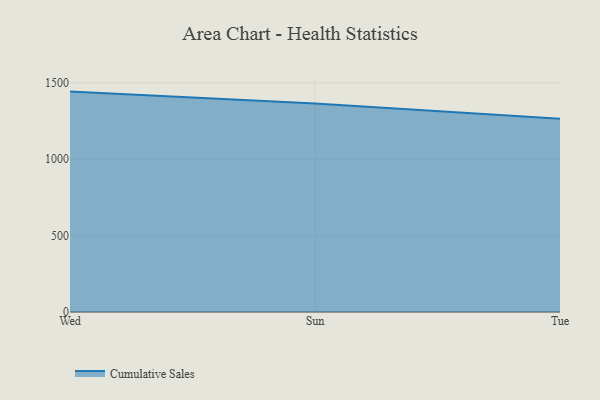
{"axis": {"x": "Day", "y": "Gross Profit (USD K)"}, "legend": ["Cumulative Sales"], "data": [{"x": "Wed", "y": 1442.1, "type": "Cumulative Sales"}, {"x": "Sun", "y": 1364.2, "type": "Cumulative Sales"}, {"x": "Tue", "y": 1265.2, "type": "Cumulative Sales"}]}